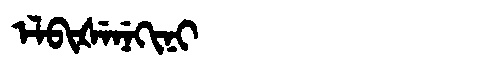
Manchu: ᡝᠯᠪᡳᡧᡝᠨᡝᡴᡳᠨᡳ
Romanization: ELBIŠENEKINI